Materia medica of Madras volume I
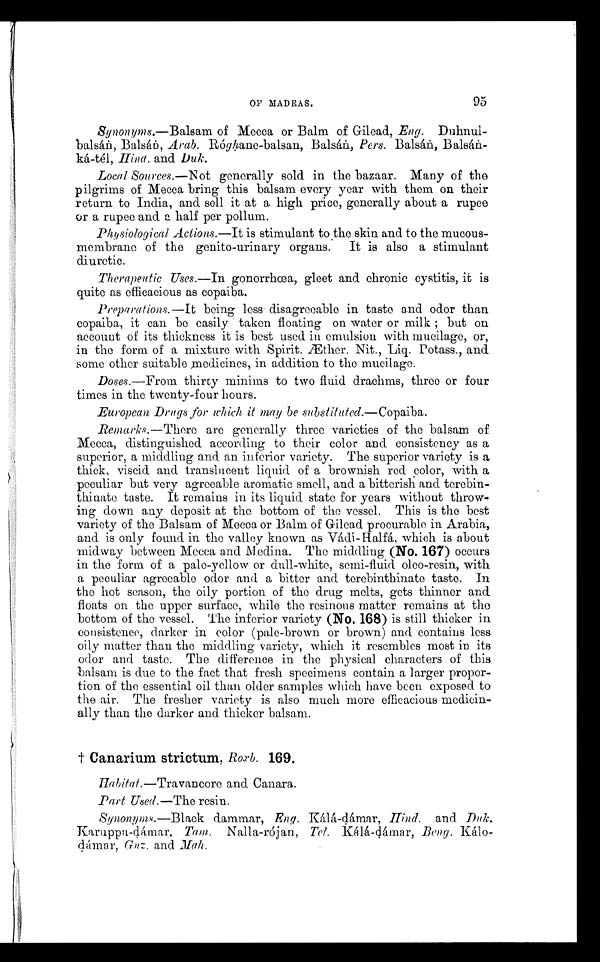
OF MADRAS. 95
Synonyms.—Balsam of Mecca or Balm of Gilead, Eng. Duhnul--
balsán, Balsán, Arab. Róghane-balsan, Balsán, Pers. Balsán,
Balsán-ká-tél, Hind. and Duk.
Local Sources.— Not generally sold in the bazaar. Many of the
pilgrims of Mecca bring this balsam every year with them on their
return to India, and sell it at a high price, generally about a rupee
or a rupee and a half per pollum.
Physiological Actions.— It is stimulant to the skin and to the mucous-
membrane of the genito-urinary organs. It is also a stimulant
diuretic.
Therapeutic Uses.—In gonorrhœa, gleet and chronic cystitis, it is
quite as efficacious as copaiba.
Preparations.—It being less disagreeable in taste and odor than
copaiba, it can be easily taken floating on water or milk ; but on
account of its thickness it is best used in emulsion with mucilage, or,
in the form of a mixture with Spirit. Æther. Nit., Liq. Potass., and
some other suitable medicines, in addition to the mucilage.
Doses.—From thirty minims to two fluid drachms, three or four
times in the twenty-four hours.
European Drugs for which it may be substituted.— Copaiba.
Remarks.— There are generally three varieties of the balsam of
Mecca, distinguished according to their color and consistency as a
superior, a middling and an inferior variety. The superior variety is a
thick, viscid and translucent liquid of a brownish red color, with a
peculiar but very agreeable aromatic smell, and a bitterish and terebin
-thinate taste. It remains in its liquid state for years without throw--
ing down any deposit at the bottom of the vessel. This is the best
variety of the Balsam of Mecca or Balm of Gilead procurable in Arabia,
and is only found in the valley known as Vádi-Halfá, which is about
midway between Mecca and Medina. The middling (No. 167) occurs
in the form of a pale-yellow or dull-white, semi-fluid oleo-resin, with
a peculiar agreeable odor and a bitter and terebinthinate taste. In
the hot season, the oily portion of the drug melts, gets thinner and
floats on the upper surface, while the resinous matter remains at the
bottom of the vessel. The inferior variety (No. 168) is still thicker in
consistence, darker in color (pale-brown or brown) and contains less
oily matter than the middling variety, which it resembles most in its
odor and taste. The difference in the physical characters of this
balsam is due to the fact that fresh specimens contain a larger propor--
tion of the essential oil than older samples which have been exposed to
the air. The fresher variety is also much more efficacious medicin--
ally than the darker and thicker balsam.
†
C a n a r i u m s t r i c t u m ,
R o x b .1
6 9.
Habitat .—Travancore and Canara.
P art Used.— The resin.
Synonyms.—Black dammar, Eng. Kálá-dámar, Hind. and Duk.
Karuppu-dámar, Tam. Nalla-rójan, Tel. Kálá-dámar, Beng.
Kálo-dámar, Guz. and Mah.